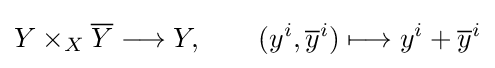
Y\times _{X}{\overline {Y}}\longrightarrow Y,\qquad (y^{i},{\overline {y}}^{i})\longmapsto y^{i}+{\overline {y}}^{i}